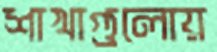
শাখাগুলোয়